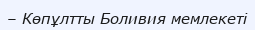
– Көпұлтты Боливия мемлекеті